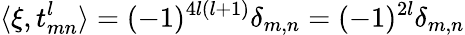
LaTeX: \langle\xi,t_{mn}^{l}\rangle=(-1)^{4l(l+1)}\delta_{m,n}=(-1)^{2l}\delta_{m,n}